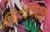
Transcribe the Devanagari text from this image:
मिटविण्याचा